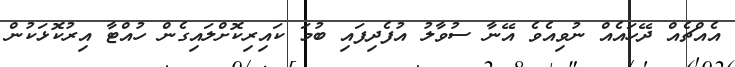
އެއްޗެއް ދޭހައެއް ނުވިއެވެ އޭނާ ސުވާލު އުފެދިފައި ބުމަ ކައިރިކޮށްލައިގެން ހުއްޓާ އިރުކޮޅަކުން